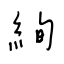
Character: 絢